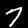
Digit: 7